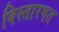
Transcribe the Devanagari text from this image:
विस्तारगत